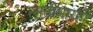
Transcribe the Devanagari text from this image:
लाठीमारही